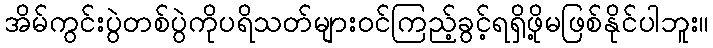
အိမ်ကွင်းပွဲတစ်ပွဲကိုပရိသတ်များဝင်ကြည့်ခွင့်ရရှိဖို့မဖြစ်နိုင်ပါဘူး။